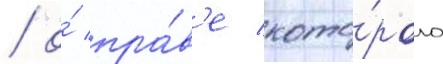
/ о́ пра́в'е кото́рого